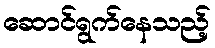
ဆောင်ရွက်နေသည့်